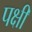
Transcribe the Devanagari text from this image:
पक्षी